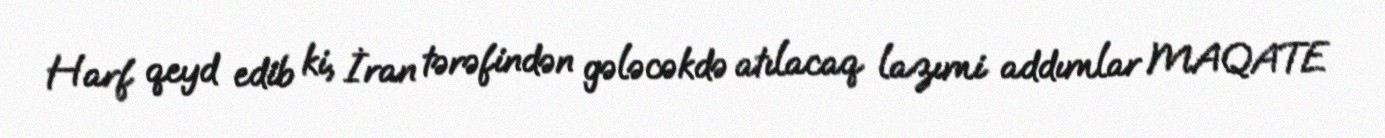
Harf qeyd edib ki, İran tərəfindən gələcəkdə atılacaq lazımi addımlar MAQATE